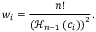
w _ { i } = \frac { n ! } { { \left( \mathcal { H } _ { n - 1 } \left( c _ { i } \right) \right) } ^ { 2 } } .